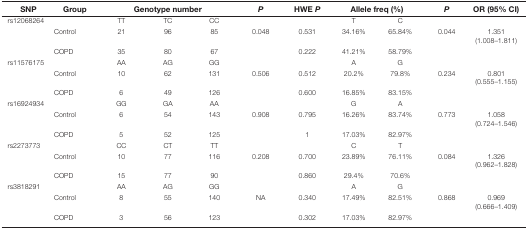
<table><thead><tr><td><b>SNP</b></td><td><b>Group</b></td><td colspan="3"><b>Genotype number</b></td><td><b><i>P</i></b></td><td><b>HWE <i>P</i></b></td><td colspan="2"><b>Allele freq (%)</b></td><td><b><i>P</i></b></td><td><b>OR (95% CI)</b></td></tr></thead><tbody><tr><td>rs12068264</td><td></td><td>TT</td><td>TC</td><td>CC</td><td></td><td></td><td>T</td><td>C</td><td></td><td></td></tr><tr><td></td><td>Control</td><td>21</td><td>96</td><td>85</td><td>0.048</td><td>0.531</td><td>34.16%</td><td>65.84%</td><td>0.044</td><td>1.351 (1.008–1.811)</td></tr><tr><td></td><td>COPD</td><td>35</td><td>80</td><td>67</td><td></td><td>0.222</td><td>41.21%</td><td>58.79%</td><td></td><td></td></tr><tr><td>rs11576175</td><td></td><td>AA</td><td>AG</td><td>GG</td><td></td><td></td><td>A</td><td>G</td><td></td><td></td></tr><tr><td></td><td>Control</td><td>10</td><td>62</td><td>131</td><td>0.506</td><td>0.512</td><td>20.2%</td><td>79.8%</td><td>0.234</td><td>0.801 (0.555–1.155)</td></tr><tr><td></td><td>COPD</td><td>6</td><td>49</td><td>126</td><td></td><td>0.600</td><td>16.85%</td><td>83.15%</td><td></td><td></td></tr><tr><td>rs16924934</td><td></td><td>GG</td><td>GA</td><td>AA</td><td></td><td></td><td>G</td><td>A</td><td></td><td></td></tr><tr><td></td><td>Control</td><td>6</td><td>54</td><td>143</td><td>0.908</td><td>0.795</td><td>16.26%</td><td>83.74%</td><td>0.773</td><td>1.058 (0.724–1.546)</td></tr><tr><td></td><td>COPD</td><td>5</td><td>52</td><td>125</td><td></td><td>1</td><td>17.03%</td><td>82.97%</td><td></td><td></td></tr><tr><td>rs2273773</td><td></td><td>CC</td><td>CT</td><td>TT</td><td></td><td></td><td>C</td><td>T</td><td></td><td></td></tr><tr><td></td><td>Control</td><td>10</td><td>77</td><td>116</td><td>0.208</td><td>0.700</td><td>23.89%</td><td>76.11%</td><td>0.084</td><td>1.326 (0.962–1.828)</td></tr><tr><td></td><td>COPD</td><td>15</td><td>77</td><td>90</td><td></td><td>0.860</td><td>29.4%</td><td>70.6%</td><td></td><td></td></tr><tr><td>rs3818291</td><td></td><td>AA</td><td>AG</td><td>GG</td><td></td><td></td><td>A</td><td>G</td><td></td><td></td></tr><tr><td></td><td>Control</td><td>8</td><td>55</td><td>140</td><td>NA</td><td>0.340</td><td>17.49%</td><td>82.51%</td><td>0.868</td><td>0.969 (0.666–1.409)</td></tr><tr><td></td><td>COPD</td><td>3</td><td>56</td><td>123</td><td></td><td>0.302</td><td>17.03%</td><td>82.97%</td><td></td><td></td></tr></tbody></table>